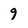
Character: 9